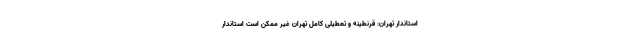
استاندار تهران: قرنطینه و تعطیلی کامل تهران غیر ممکن است استاندار